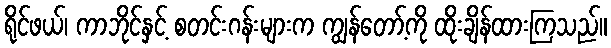
ရိုင်ဖယ်၊ ကာဘိုင်နှင့် စတင်းဂန်းများက ကျွန်တော့်ကို ထိုးချိန်ထားကြသည်။